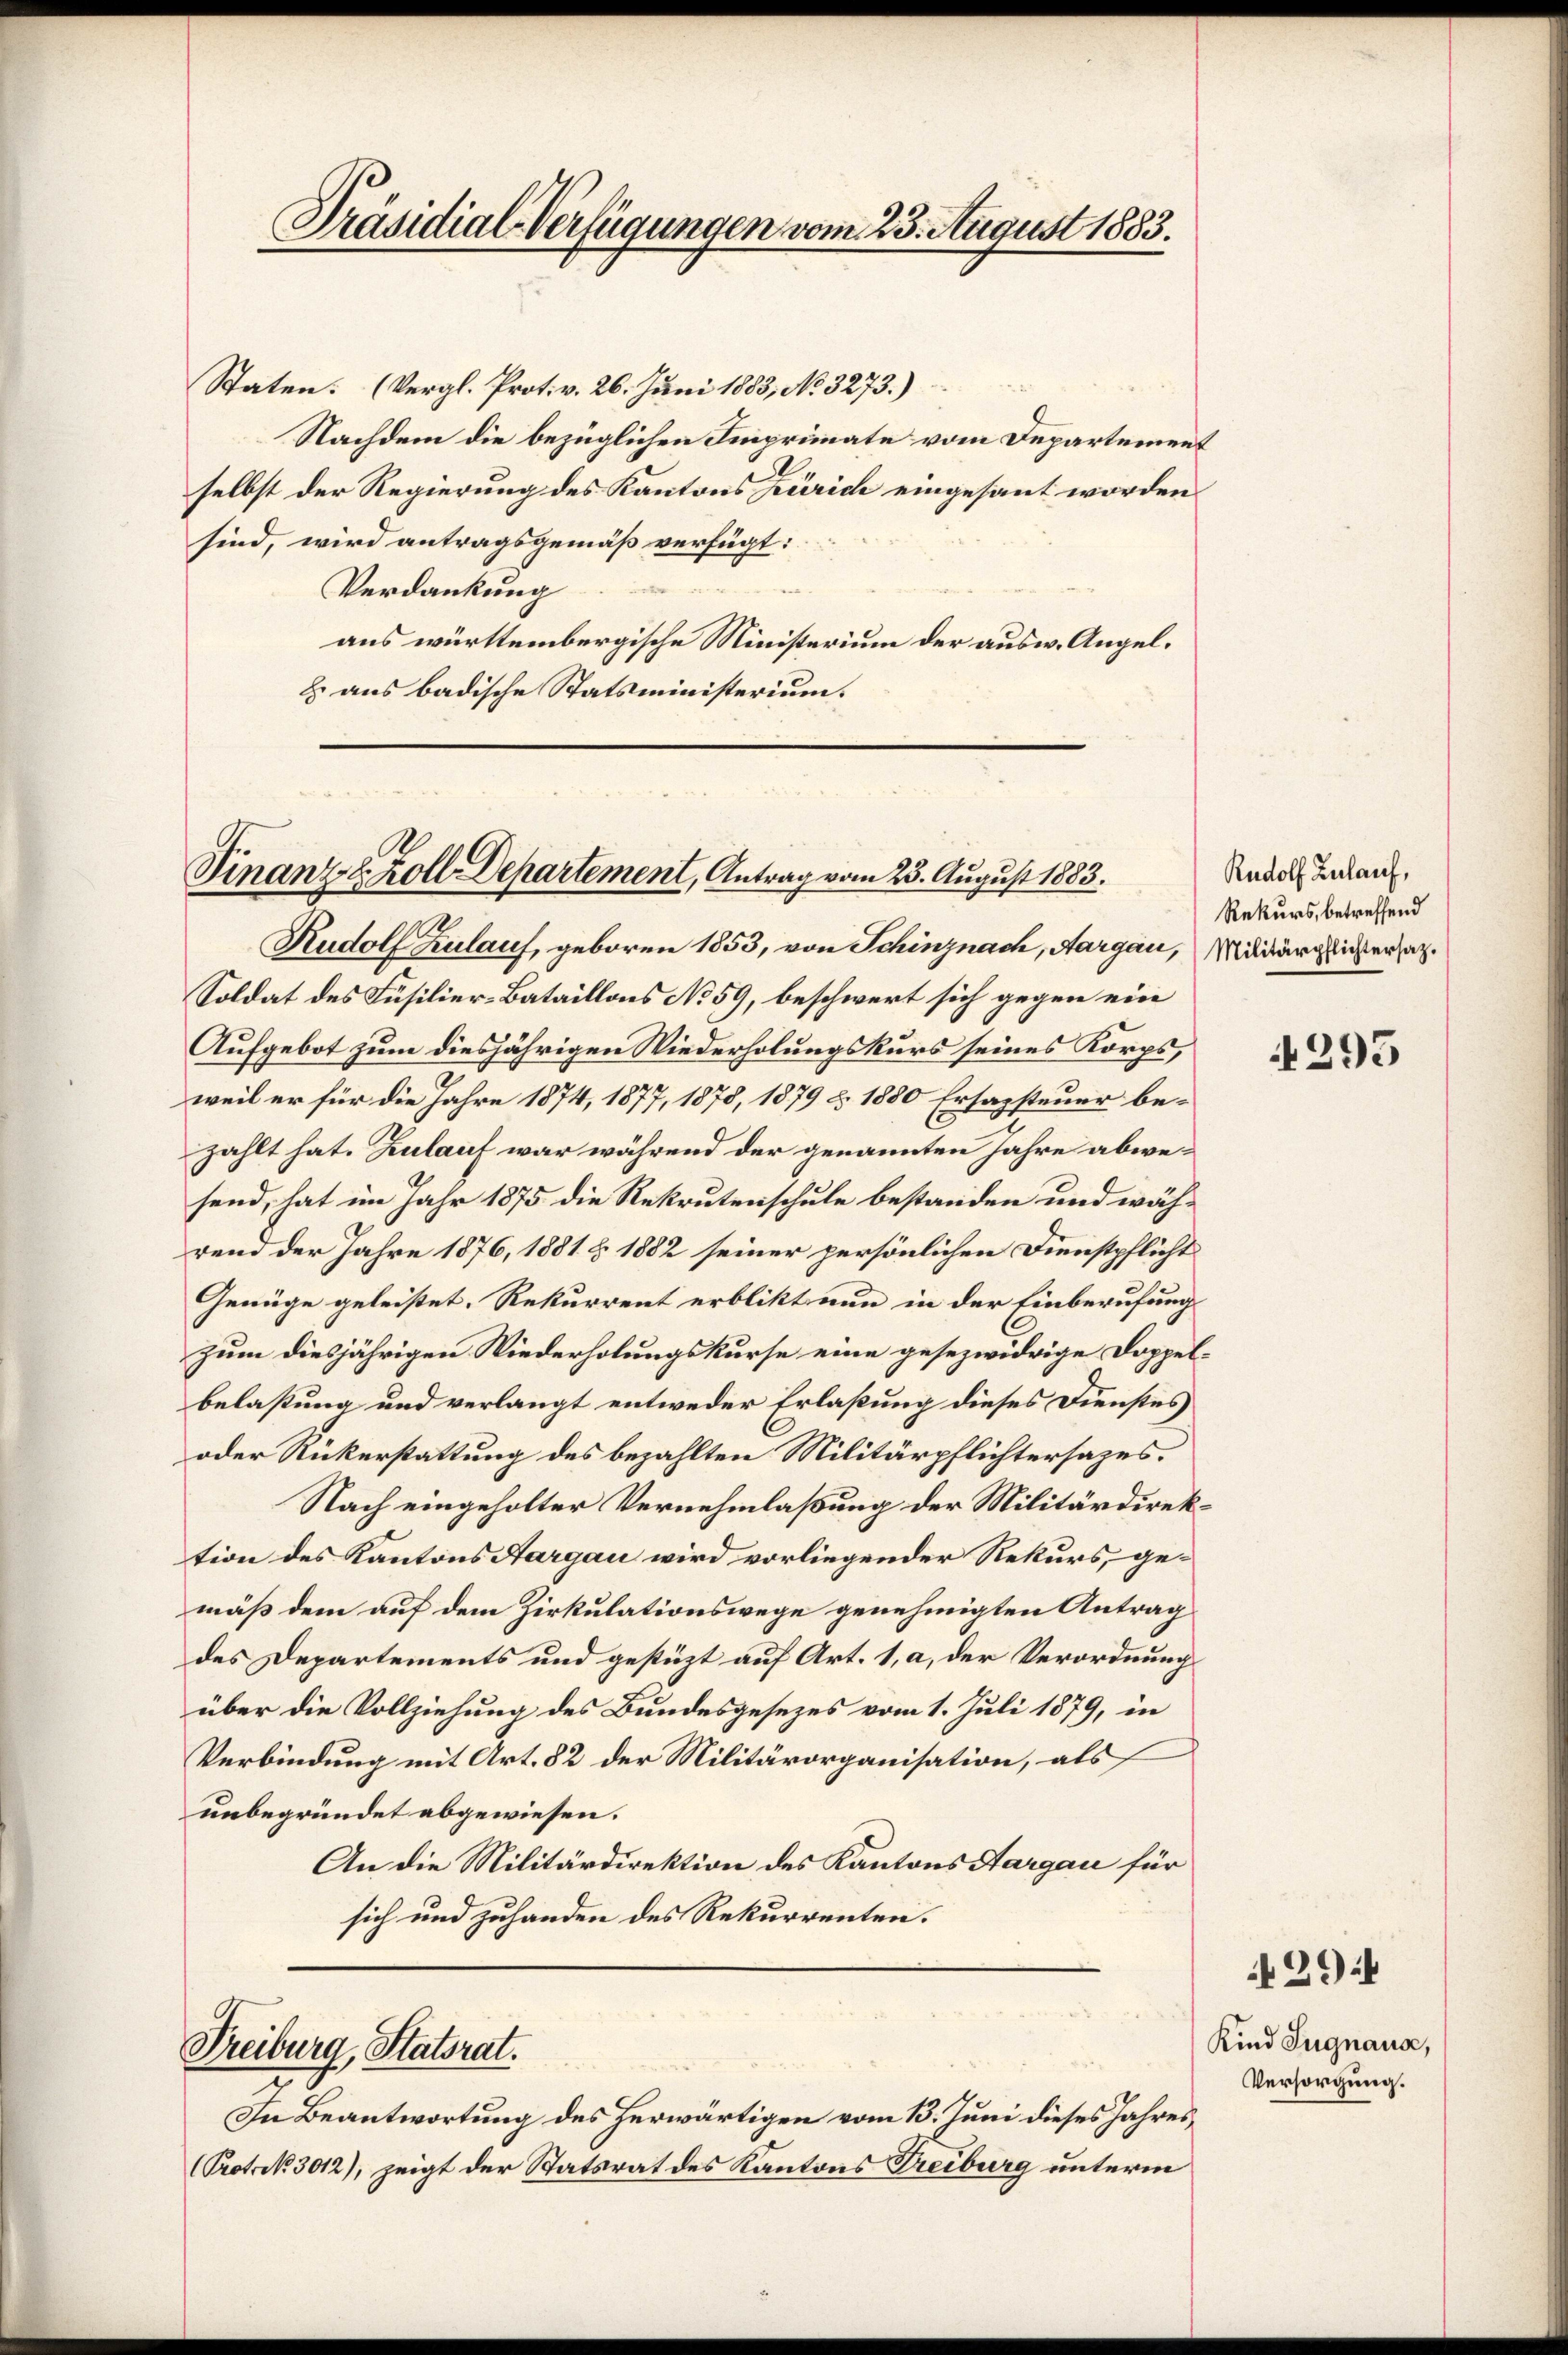
Präsidial-Verfügungen vom 23. August 1883.

Staten. (Vergl. Prot. v. 26. Juni 1883, No. 3273.)
Nachdem die bezüglichen Imprimate vom Departement
selbst der Regierung des Kantons Zürich eingesant worden
sind, wird antragsgemäß verfügt:
Verdankung
aus württembergische Ministerium der ausw. Angel¬
E aus badische Statsministerium.

Finanz- & Zolle Departement, Antrag vom 23. August 1883.

Freiburg, Statsrat.

Rudolf Zulauf, geboren 1853, von Schinznach, Aargau, Milderglichtersatz.
Soldat des Füsilier-Bataillons No 59, beschwert sich gegen ein
Aufgebot zum diesjährigen Wiederholungskurs seines Korps,
weil er für die Jahre 1874, 1877, 1878, 1879 u. 1880 Ersazsteuer bezahlt hat. Zulauf war während der genannten Jahre abwe-
send, hat im Jahr 1875 die Rekrutenschule bestanden und während der Jahre 1876, 1881 & 1882 seiner persönlichen Dienstpflicht
Genüge geleistet. Rekurrent erblikt nun in der Einberufung
zum diesjährigen Niederholungskurse eine gesezwidrige Doppelbelastung und verlangt entweder Erlaßung dieses Dienstes
oder Rückerstattung des bezahlten Militärpflichtersazes.
Nach eingeholter Vernehmlaßung der Militärdirektion des Kantons Aargau wird vorliegender Rekurs, gemäß dem auf dem Zirkulationswege genehmigten Antrag
des Departements und gestüzt auf Art. 1, a, der Verordnung
über die Vollziehung des Bundesgesezes vom 1. Juli 1879, in
Verbindung mit Art. 82 der Militärorganisation, als
unbegründet abgewiesen.
An die Militärdirektion des Kantons Aargau für
sich und zuhanden des Rekurrenten.

In Beantwortung des herwärtigen vom 13. Juni dieses Jahres
(Protokk. 3012), zeigt der Statsrat des Kantons Treiburg unterm

Rudolf Zulauf,
Rekurs, betreffend

4295

294

Kind Sugnaus,
Versorgung.